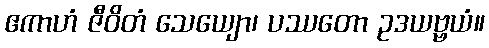
ဧကာဟံ ဇီဝိတံ သေယျော၊ ပဿတော ဥဒယဗ္ဗယံ။